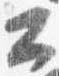
公